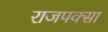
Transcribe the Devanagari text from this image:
राजपक्सा